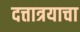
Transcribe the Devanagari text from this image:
दत्तात्रयाचा